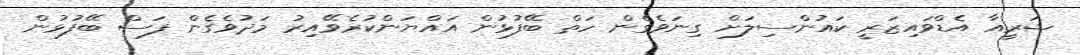
ޝަރީއާ އެޑްވައިޒަރީ ކައުންސިލަށް ގިނަވެގެން ހަތް ބޭފުޅުން އައްޔަންކުރެވޭއިރު މަދުވެގެން ފަސް ބޭފުޅުން